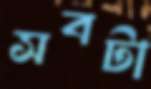
সবটা